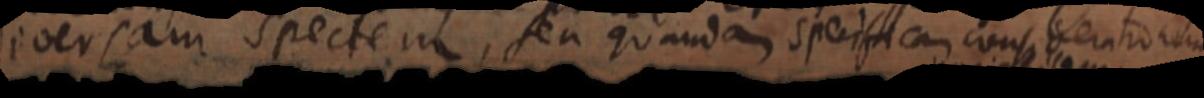
diversam spectem, seu quandam specificiam cusho